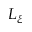
L _ { \xi }